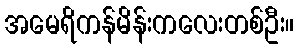
အမေရိကန်မိန်းကလေးတစ်ဦး။